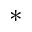
^ *